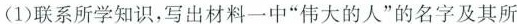
(1)联系所学知识，写出材料一中”伟大的人”的名字及其所